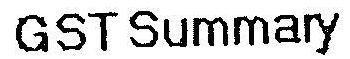
GST SUMMARY